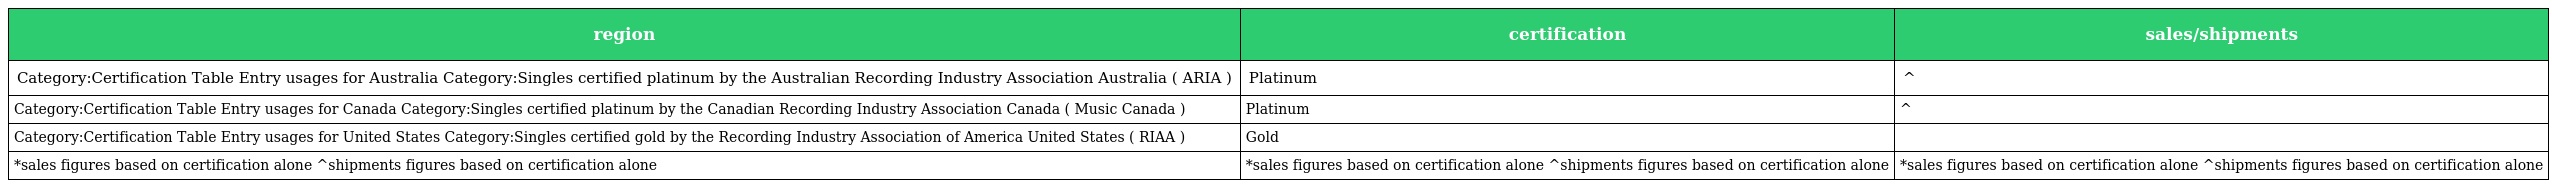
| region | certification | sales/shipments |
 | --- | --- | --- |
 | Category:Certification Table Entry usages for Australia Category:Singles certified platinum by the Australian Recording Industry Association Australia ( ARIA ) | Platinum | ^ |
 | Category:Certification Table Entry usages for Canada Category:Singles certified platinum by the Canadian Recording Industry Association Canada ( Music Canada ) | Platinum | ^ |
 | Category:Certification Table Entry usages for United States Category:Singles certified gold by the Recording Industry Association of America United States ( RIAA ) | Gold |  |
 | *sales figures based on certification alone ^shipments figures based on certification alone | *sales figures based on certification alone ^shipments figures based on certification alone | *sales figures based on certification alone ^shipments figures based on certification alone |